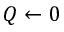
Q \leftarrow 0